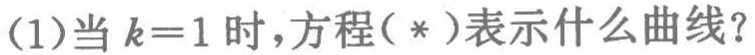
(1)当\(k = 1\)时，方程（*）表示什么曲线？